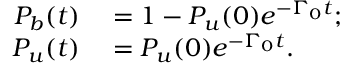
\begin{array} { r l } { P _ { b } ( t ) } & { { } = 1 - P _ { u } ( 0 ) e ^ { - \Gamma _ { 0 } t } ; } \\ { P _ { u } ( t ) } & { { } = P _ { u } ( 0 ) e ^ { - \Gamma _ { 0 } t } . } \end{array}